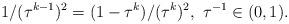
LaTeX: \begin{align*}1/(\tau^{k-1})^2=(1-\tau^k)/(\tau^k)^2,~ \tau^{-1}\in(0,1).\end{align*}